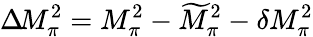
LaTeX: \Delta\! M_{\pi}^{2}=M_{\pi}^{2}-\widetilde{M}_{\pi}^{2}-\delta M_{\pi}^{2}